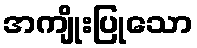
အကျိုးပြုသော